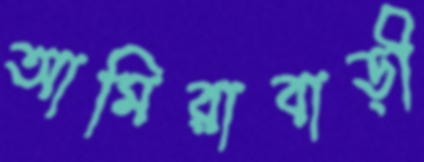
আমিরাবাড়ী